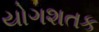
યોગશતક